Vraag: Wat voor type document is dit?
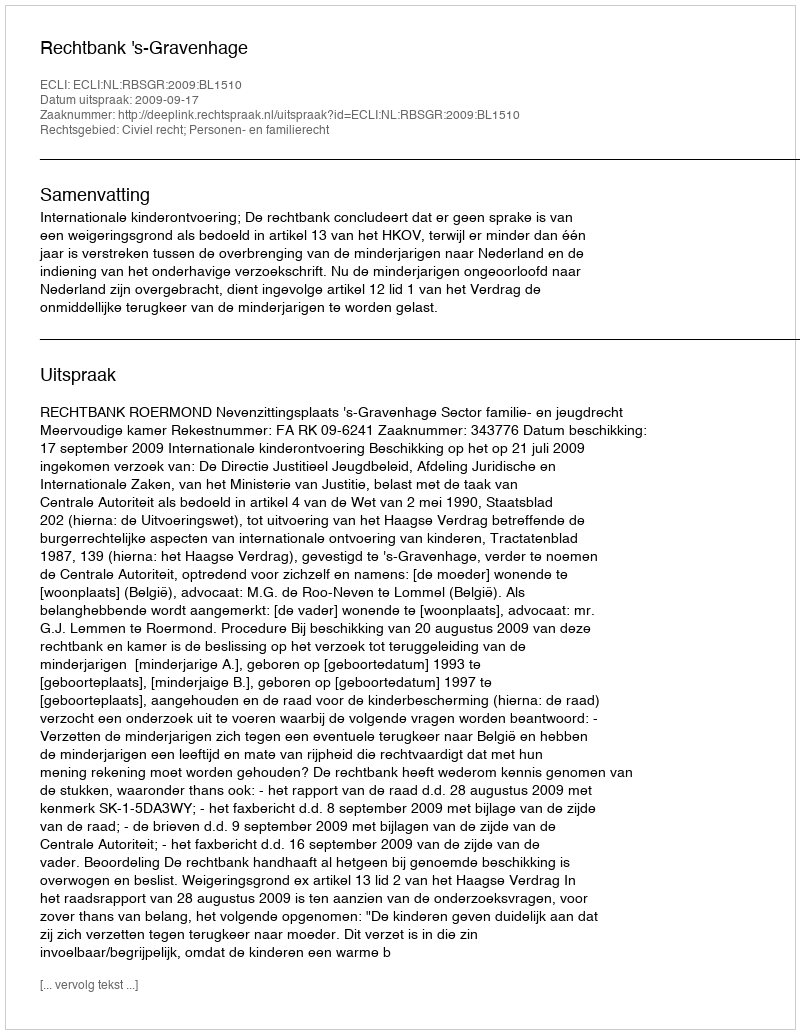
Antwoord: Uitspraak